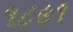
૧૮૯૧